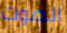
الصوت